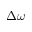
\Delta \omega